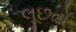
લૂછતો